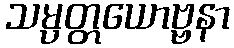
သမ္ပတ္တယောဗ္ဗနာ